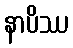
နာပိဿ